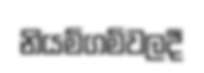
නියම්ගම්වලදී